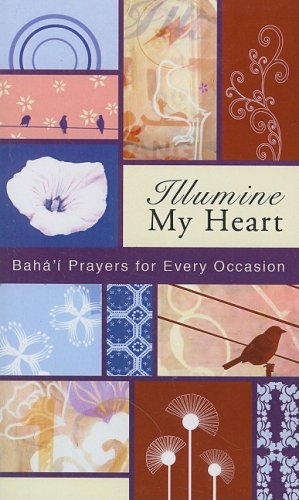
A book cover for Illumine My Heart: Baha'i Prayers for Every Occasion; Baha'u'llah; Religion & Spirituality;